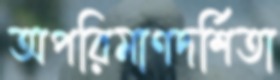
অপরিমাণদর্শিতা